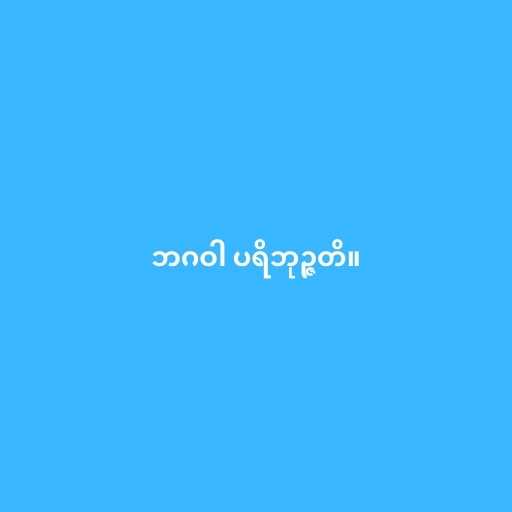
ဘဂဝါ ပရိဘုဉ္ဇတိ။